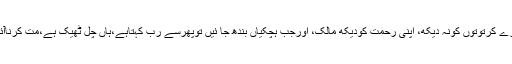
میرے کرتوتوں کونہ دیکھ، اپنی رحمت کودیکھ مالک، اورجب ہچکیاں بندھ جا ئیں توپھرسے رب کہتاہے،ہاں چل ٹھیک ہے،مت کرناآئندہ۔